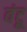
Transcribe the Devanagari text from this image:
वंटू